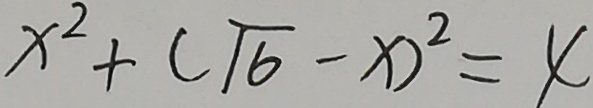
x ^ { 2 } + ( \sqrt { 6 } - x ) ^ { 2 } = 4